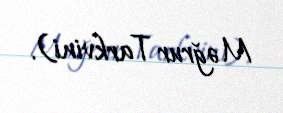
Məğrur Tarkvini).